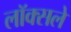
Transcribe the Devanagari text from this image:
लॉक्सले